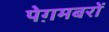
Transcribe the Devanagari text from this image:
पेग़मबरों